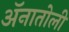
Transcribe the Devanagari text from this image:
ॲनातोली